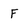
Character: F